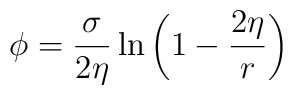
\phi = \frac{\sigma}{2\eta}\ln \left ( 1- \frac{2\eta}{r} \right )